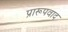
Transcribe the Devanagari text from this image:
प्रारूपवाद